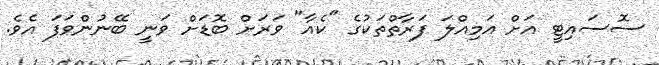
ސޮސައިޓީ އަށް އަމިއްލަ ފަރާތްތަކުގެ "ކެއާ" ވަރަށް ބޮޑަށް ވަނީ ބޭނުންވަފަ އެވެ.